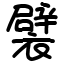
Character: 襞